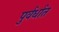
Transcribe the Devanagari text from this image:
पुर्वर्धात